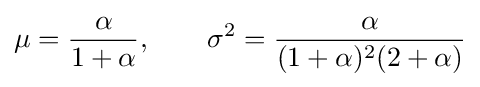
\mu ={\frac {\alpha }{1+\alpha }},\qquad \sigma ^{2}={\frac {\alpha }{(1+\alpha )^{2}(2+\alpha )}}